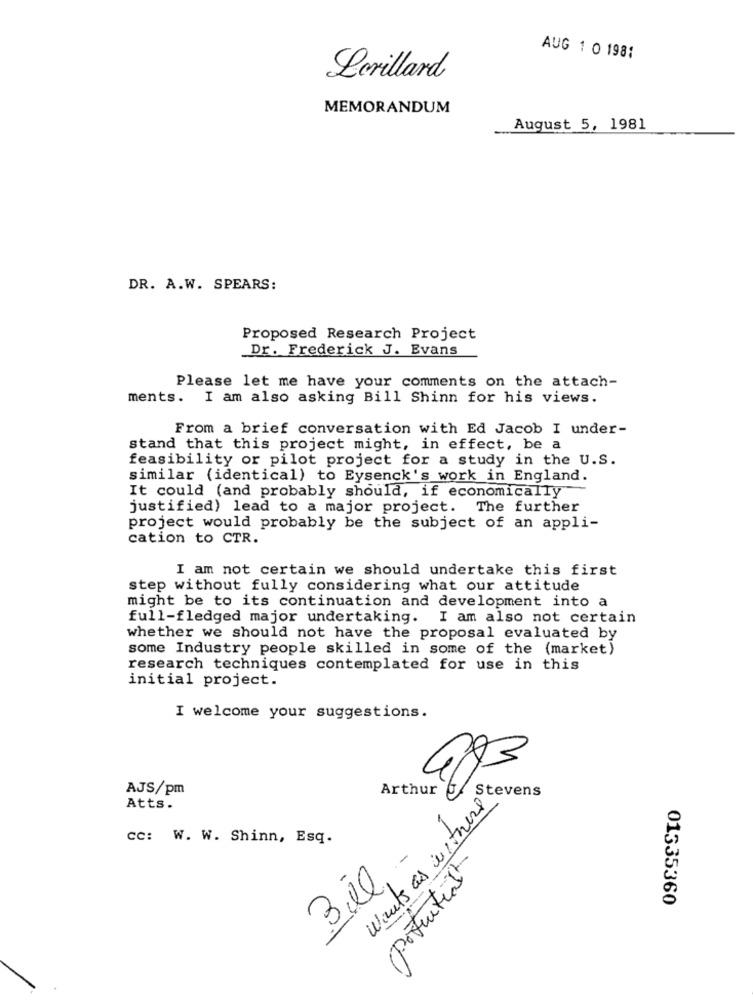
AUG 1 O 198:
Lorillard
MEMORANDUM
August 5, 1981
DR. A.W. SPEARS:
Proposed Research Project
Dr. Frederick J. Evans
Please let me have your comments on the attach-
ments. I am also asking Bill Shinn for his views.
From a brief conversation with Ed Jacob I under-
stand that this project might, in effect, be a
feasibility or pilot project for a study in the U.S.
similar (identical) to Eysenck's work in England.
It could (and probably should, if economically"
justified) lead to a major project. The further
project would probably be the subject of an appli-
cation to CTR.
I am not certain we should undertake this first
step without fully considering what our attitude
might be to its continuation and development into a
full-fledged major undertaking. I am also not certain
whether we should not have the proposal evaluated by
some Industry people skilled in some of the (market)
research techniques contemplated for use in this
initial project.
I welcome your suggestions.
483
AJS/pm
Arthur
Wants as withers
U Stevens
Atts.
cc: W. W. Shinn, Esq.
.-
(Potatis
01335360